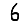
Digit: 6